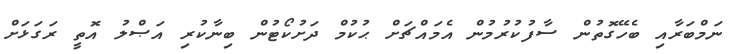
ނަމްބަރާއި ބެހޭގޮތުން ސާފުކުރުމުން އެމައްޗަށް ޙުކުމް ދަށުކޯޓުން ބިނާކުރި އަޞްލު އޮތީ ރަގަޅަށް